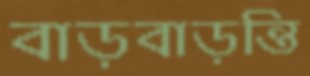
বাড়বাড়ন্তি